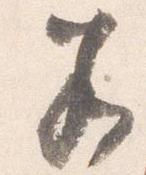
若